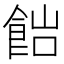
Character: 𩛎